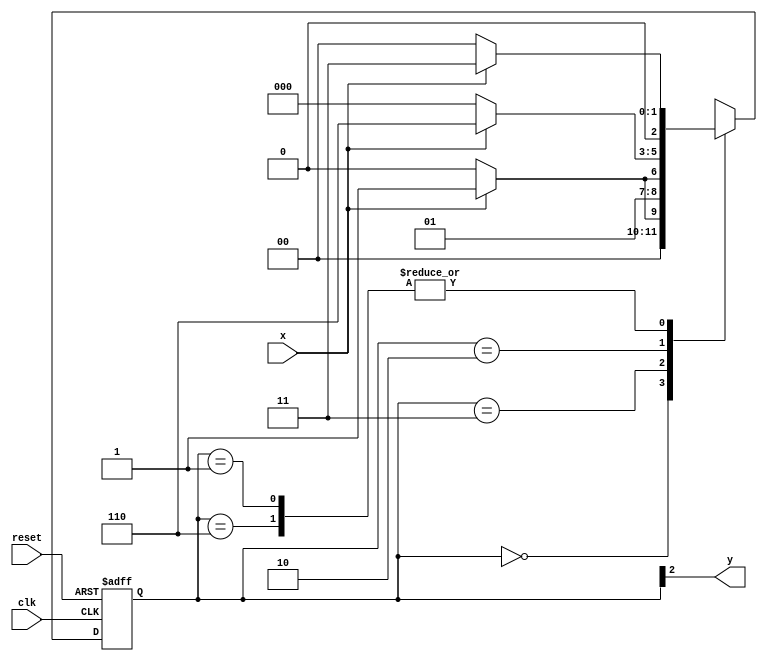
// -------------------------
// --- Moore FSM
// Nome: Arthur Martinho Medeiros Oliveira
// -------------------------
// constant definition
`define found 1
`define notfound 0
// FSM by Moore
module moore_1101 ( y, x, clk, reset );
output y;
input x;
input clk;
input reset;
reg y;
parameter // state identifiers
 start = 3'b000,
 id1 = 3'b001,
 id11 = 3'b011,
 id110 = 3'b010,
 id1101 = 3'b110; // signal found
 reg [2:0] E1;// current state variables
 reg [2:0] E2;// next state logic output
// next state logic
 always @( x or E1 )
 begin
 case( E1 )
 start:
 if ( x )
 E2 = id1;
 else
 E2 = start;
 id1:
 if ( x )
 E2 = id11;
 else
 E2 = start;
 id11:
 if ( x )
 E2 = id11;
 else
 E2 = id110;
 id110:
 if ( x )
 E2 = id1101;
 else
 E2 = start;
 id1101:
 if ( x )
 E2 = id11;
 else
 E2 = start;
 default: // undefined state
 E2 = 3'bxxx;
 endcase
 end // always at signal or state changing
// state variables
 always @( posedge clk or negedge reset )
 begin
 if ( reset )
 E1 = E2; // updates current state
 else
 E1 = 0; // reset
 end // always at signal changing
// output logic
 always @( E1 )
 begin
 y = E1[2]; // first bit of state value (MOORE indicator)
 end // always at state changing
endmodule // moore_1101